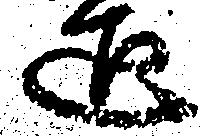
正